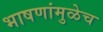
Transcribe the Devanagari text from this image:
भाषणांमुळेच